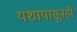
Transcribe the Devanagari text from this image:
यशापासूनही